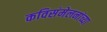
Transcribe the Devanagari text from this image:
कविसंमेलनांच्या